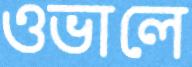
ওভালে